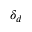
\delta _ { d }